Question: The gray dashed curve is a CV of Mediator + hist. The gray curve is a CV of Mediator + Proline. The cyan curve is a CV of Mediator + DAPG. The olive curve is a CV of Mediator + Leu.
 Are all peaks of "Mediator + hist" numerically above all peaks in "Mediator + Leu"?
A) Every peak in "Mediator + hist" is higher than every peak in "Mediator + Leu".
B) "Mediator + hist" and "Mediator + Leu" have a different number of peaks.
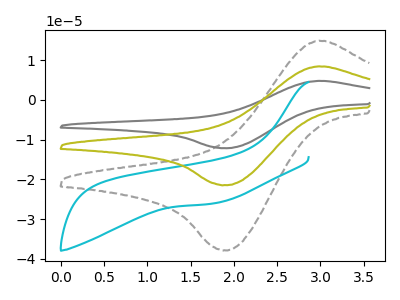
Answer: <think>The gray dashed curve "Mediator + hist" has an anodic peak at (3.00V, 14.85uA) and a cathodic peak at (1.90V, -37.85uA). The gray curve "Mediator + Proline" has an anodic peak at (3.00V, 16.80uA) and a cathodic peak at (1.90V, -42.85uA). The cyan curve "Mediator + DAPG" has no peaks. The olive curve "Mediator + Leu" has an anodic peak at (3.00V, 8.40uA) and a cathodic peak at (1.90V, -21.45uA).</think>
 <answer>A) Every peak in "Mediator + hist" is higher than every peak in "Mediator + Leu".</answer>
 <eval>A</eval>